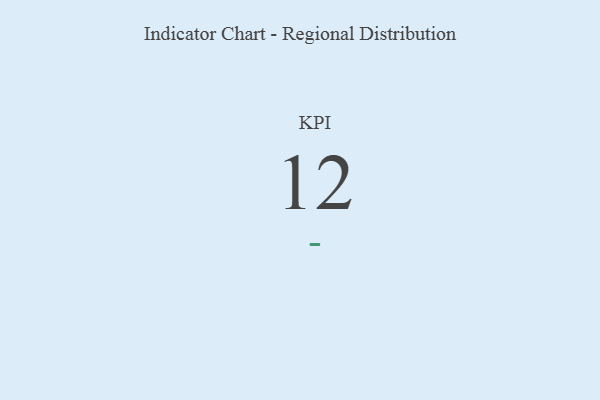
{"axis": {"x": "KPI", "y": "Value"}, "legend": [""], "data": [{"x": "KPI", "y": 12, "type": ""}]}